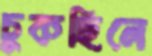
চুকছিলে